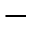
-